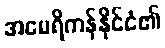
အမေရိကန်နိုင်ငံ၏